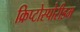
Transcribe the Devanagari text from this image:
क्रिप्टोस्पोरीडम